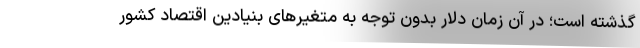
گذشته است؛ در آن زمان دلار بدون توجه به متغیرهای بنیادین اقتصاد کشور